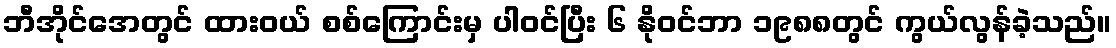
ဘီအိုင်အေတွင် ထားဝယ် စစ်ကြောင်းမှ ပါဝင်ပြီး ၆ နိုဝင်ဘာ ၁၉၈၈တွင် ကွယ်လွန်ခဲ့သည်။